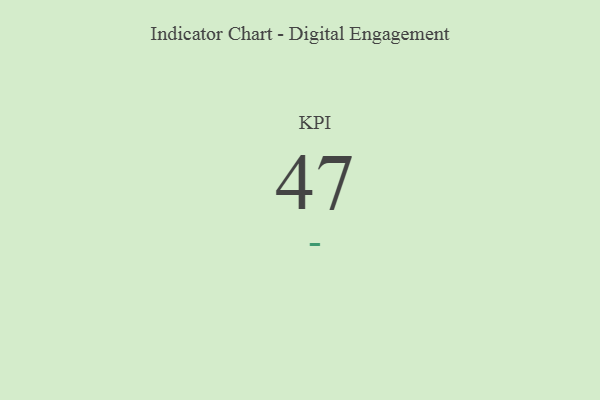
{"axis": {"x": "KPI", "y": "Value"}, "legend": [""], "data": [{"x": "KPI", "y": 47, "type": ""}]}